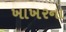
ખાખરના